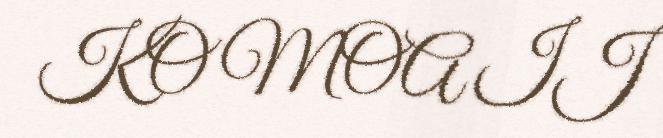
KO MOA IJ